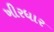
ખીરધાર